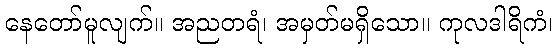
နေတော်မူလျက်။ အညတရံ၊ အမှတ်မရှိသော။ ကုလဒါရိကံ၊